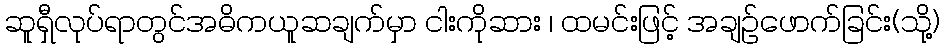
ဆူရှီလုပ်ရာတွင်အဓိကယူဆချက်မှာ ငါးကိုဆား ၊ ထမင်းဖြင့် အချဉ်ဖောက်ခြင်း(သို့)